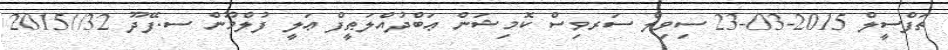
ތަފްސީލް 2015-03-23 ސިވިލް ސަރވިސް ކޮމިޝަން ޢަބްދުއްލަޠީފް ޢަލީ ފުލްމޫން ސ.ފޭދޫ 32//2015